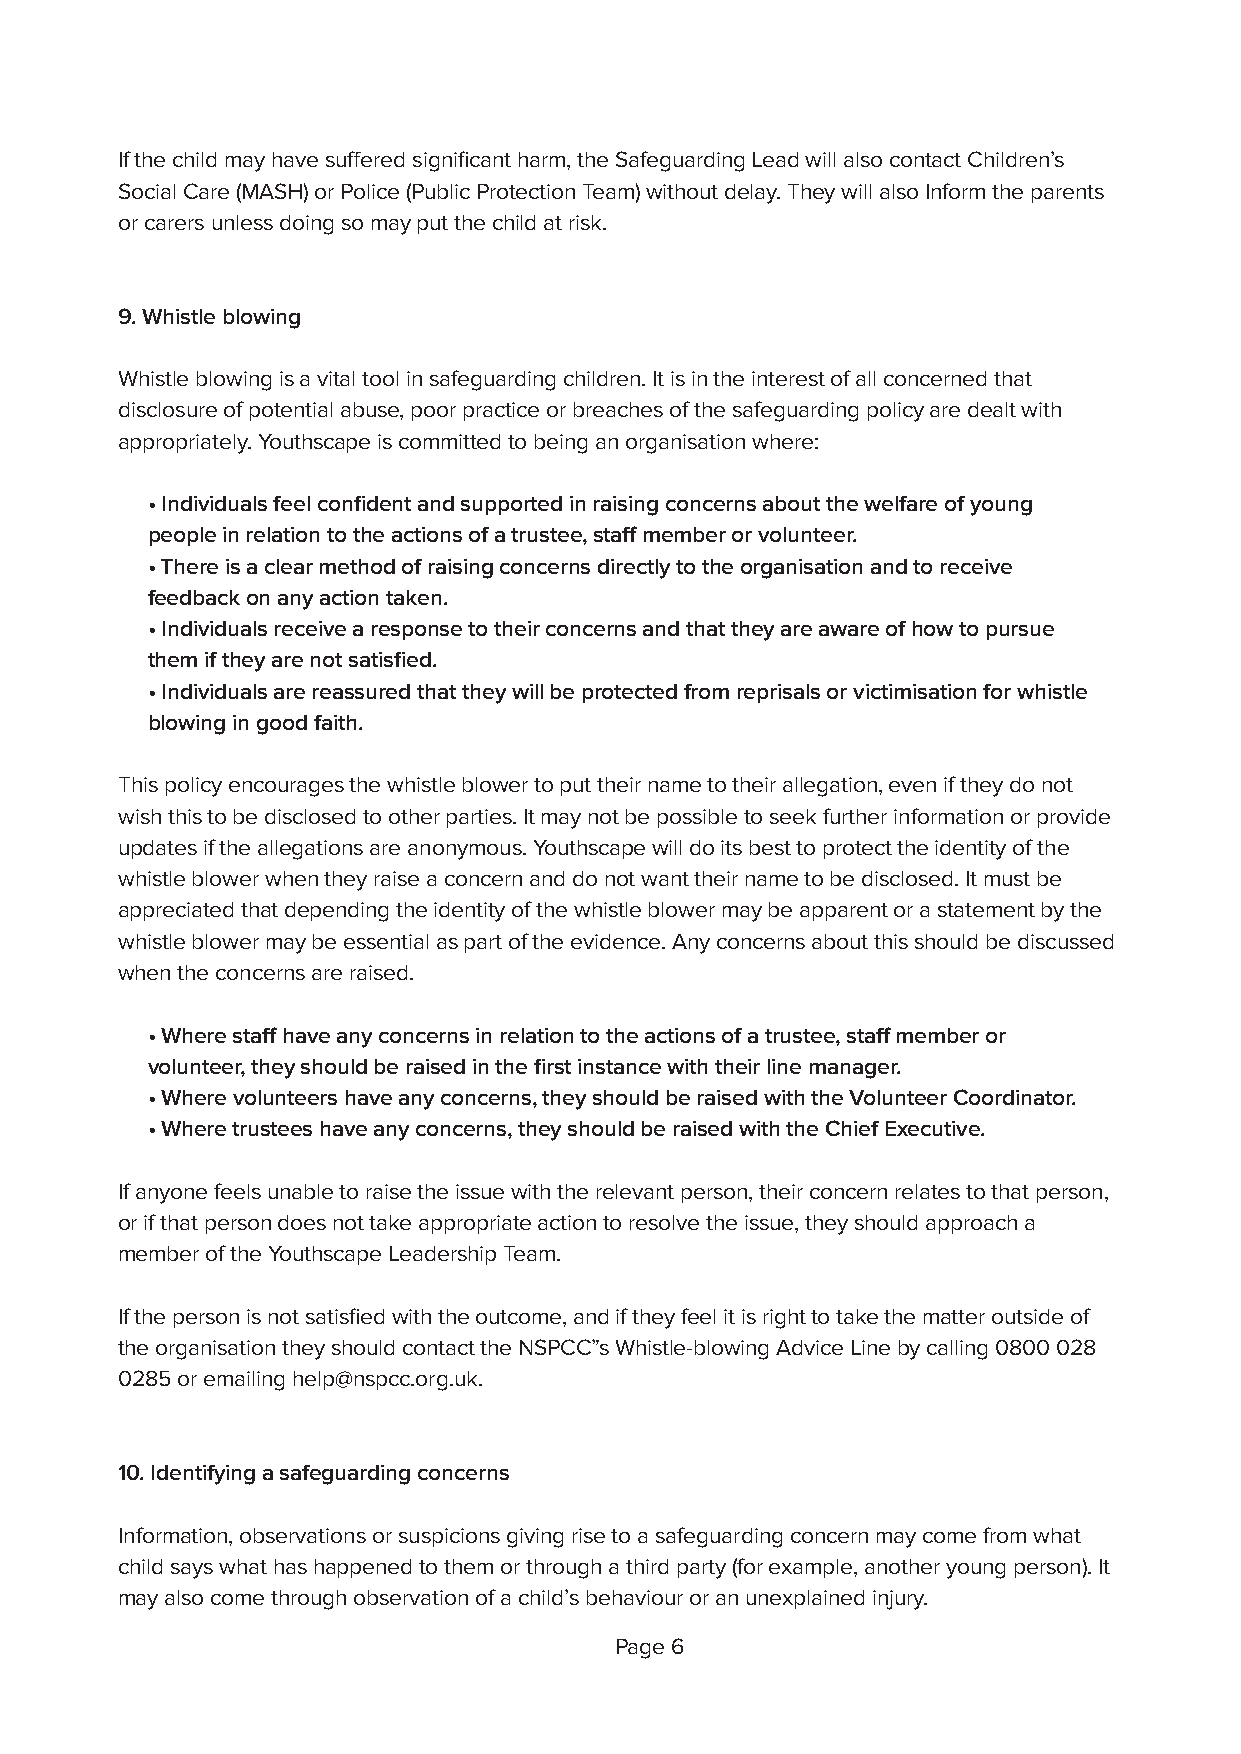
If the child may have suffered significant harm, the Safeguarding Lead will also contact Children’s
 Social Care (MASH) or Police (Public Protection Team) without delay. They will also Inform the parents
 or carers unless doing so may put the child at risk.
 9. Whistle blowing
 Whistle blowing is a vital tool in safeguarding children. It is in the interest of all concerned that
 disclosure of potential abuse, poor practice or breaches of the safeguarding policy are dealt with
 appropriately. Youthscape is committed to being an organisation where:
 • Individuals feel confident and supported in raising concerns about the welfare of young
 people in relation to the actions of a trustee, staff member or volunteer.
 • There is a clear method of raising concerns directly to the organisation and to receive
 feedback on any action taken.
 • Individuals receive a response to their concerns and that they are aware of how to pursue
 them if they are not satisfied.
 • Individuals are reassured that they will be protected from reprisals or victimisation for whistle
 blowing in good faith.
 This policy encourages the whistle blower to put their name to their allegation, even if they do not
 wish this to be disclosed to other parties. It may not be possible to seek further information or provide
 updates if the allegations are anonymous. Youthscape will do its best to protect the identity of the
 whistle blower when they raise a concern and do not want their name to be disclosed. It must be
 appreciated that depending the identity of the whistle blower may be apparent or a statement by the
 whistle blower may be essential as part of the evidence. Any concerns about this should be discussed
 when the concerns are raised.
 • Where staff have any concerns in relation to the actions of a trustee, staff member or
 volunteer, they should be raised in the first instance with their line manager.
 • Where volunteers have any concerns, they should be raised with the Volunteer Coordinator.
 • Where trustees have any concerns, they should be raised with the Chief Executive.
 If anyone feels unable to raise the issue with the relevant person, their concern relates to that person,
 or if that person does not take appropriate action to resolve the issue, they should approach a
 member of the Youthscape Leadership Team.
 If the person is not satisfied with the outcome, and if they feel it is right to take the matter outside of
 the organisation they should contact the NSPCC”s Whistle-blowing Advice Line by calling 0800 028
 0285 or emailing help@nspcc.org.uk.
 10. Identifying a safeguarding concerns
 Information, observations or suspicions giving rise to a safeguarding concern may come from what
 child says what has happened to them or through a third party (for example, another young person). It
 may also come through observation of a child’s behaviour or an unexplained injury.
 Page 6